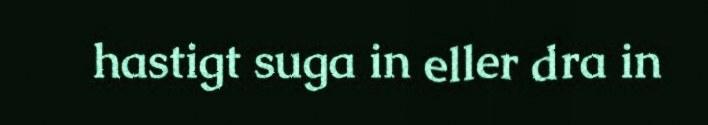
hastigt suga in eller dra in